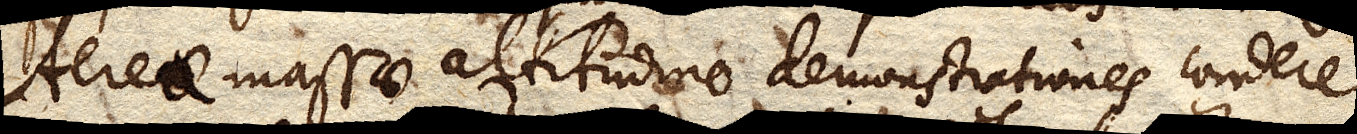
Aereae massae altitudine demonstrationes condere